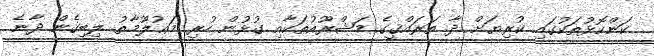
ކަންކޮޅުތަކުގައި ކުރިޔަށް ދާ ތަރައްޤީގެ މަޝްރޫއުތަކާއި ގުޅުން ހުރި މަޢުލޫމާތު ލިބިގެން ދާނެ